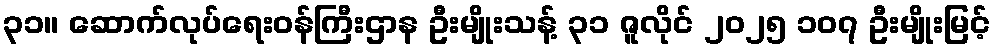
၃၁။ ဆောက်လုပ်ရေးဝန်ကြီးဌာန ဦးမျိုးသန့် ၃၁ ဇူလိုင် ၂၀၂၅ ၁၀၇ ဦးမျိုးမြင့်